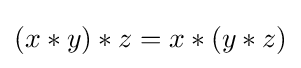
(x\ast y)\ast z=x\ast (y\ast z)